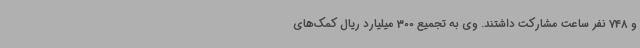
و 748 نفر ساعت مشارکت داشتند. وی به تجمیع 300 میلیارد ریال کمک‌های